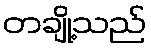
တချို့သည်